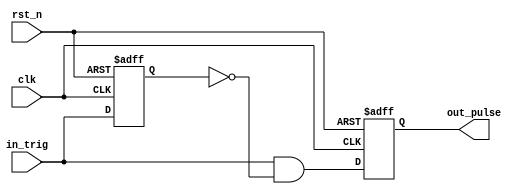
`timescale 1ns / 1ps
//////////////////////////////////////////////////////////////////////////////////
// Company: 
// Engineer: 
// 
// Design Name: 
// Module Name:    one_pulse 
// Project Name: 
// Target Devices: 
// Tool versions: 
// Description: 
//
// Dependencies: 
//
// Revision: 
// Revision 0.01 - File Created
// Additional Comments: 
//
//////////////////////////////////////////////////////////////////////////////////
module one_pulse(out_pulse,clk,rst_n,in_trig);
	output out_pulse; // output one pulse
	input clk; // clock input
	input rst_n; // active low reset
	input in_trig; // input trigger	
	reg out_pulse; // for always
	reg in_trig_delay; // local signal
	wire out_pulse_next; // local signal

 // combinational block
	assign out_pulse_next = in_trig & (~in_trig_delay);
 // Buffer input
	always @(posedge clk or negedge rst_n)
		if (~rst_n) in_trig_delay <= 1'b0;
		else in_trig_delay <= in_trig;
 // output register
	always @(posedge clk or negedge rst_n)
		if (~rst_n) out_pulse <=1'b0;
		else out_pulse <= out_pulse_next;
		
endmodule